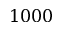
1 0 0 0